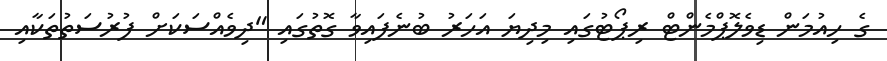
ގެ ހިއުމަން ޑިވެލޮޕްމެންޓް ރިޕޯޓުގައި މިދިޔަ އަހަރު ބުނެފައިވާ ގޮތުގައި "ދިވެއްސަކަށް ފުރުސަތުތަކާއި